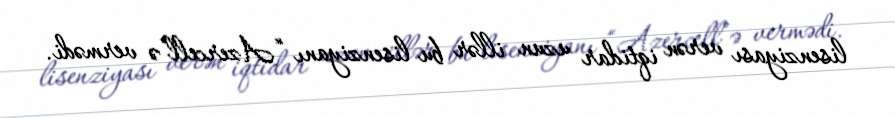
lisenziyası verən iqtidar uzun illər bu lisenziyanı “Azercell”ə vermədi.